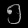
Digit: ၅